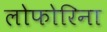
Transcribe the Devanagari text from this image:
लोफोरिना